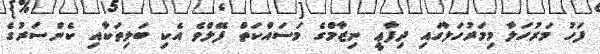
ފަހު މަރުހަލާ މިމަރުހަލާގައި ދިފާޢީ ނިޒާމްގެ މަސައްކަތް ފޭލްވެ އެކި ބަލިތަކާއި ކެންސަރުގެ